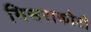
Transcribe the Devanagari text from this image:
मिसराकोटी